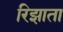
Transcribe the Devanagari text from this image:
रिझाता